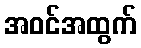
အဝင်အထွက်